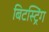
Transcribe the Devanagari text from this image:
बिटस्ट्रिंग